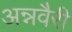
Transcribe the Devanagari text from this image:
अन्नवैरी